Civil Veterinary Department Bengal reports 1933-51 - 1933-1951
Year: 1933
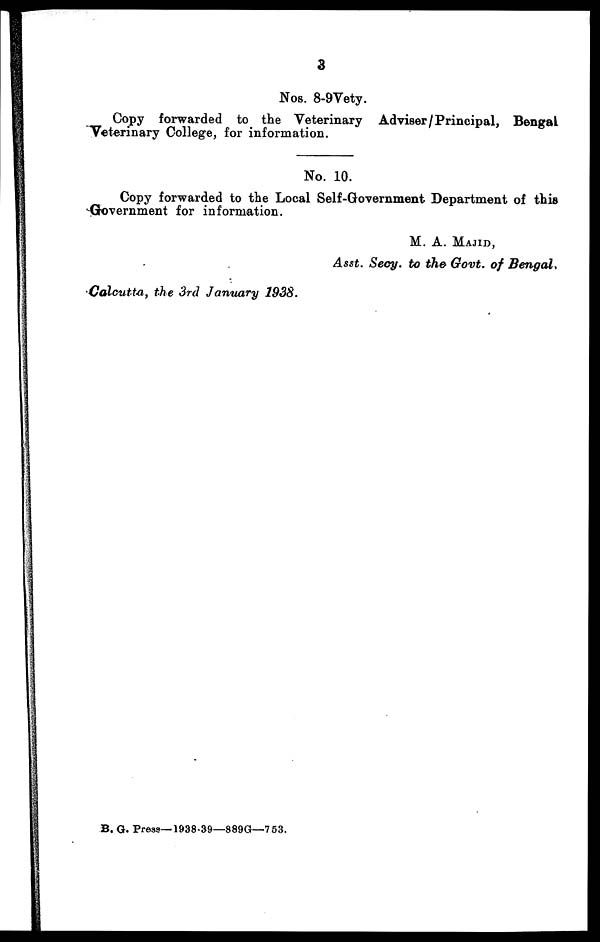
3
Nos. 8-9Vety.
Copy forwarded to the Veterinary Adviser/Principal, Bengal
Veterinary College, for information.
No. 10.
Copy forwarded to the Local Self-Government Department of this
-Government for information.
M. A. MAJID,
Asst. Secy, to the Govt, of Bengal,
Calcutta, the 3rd January 1938.
B. G. Press—1938-39—889G—753.